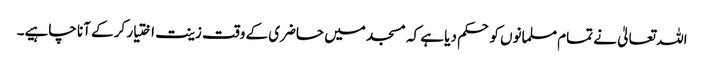
اللہ تعالیٰ نے تمام مسلمانوں کو حکم دیا ہے کہ مسجد میں حاضری کے وقت زینت اختیار کر کے آنا چاہیے۔